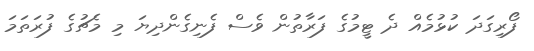
ފޯރިގަދަ ކުޅުމެއް ދެ ޓީމުގެ ފަރާތުން ވެސް ފެނިގެންދިޔަ މި މެޗުގެ ފުރަތަމަ